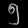
Digit: ၅